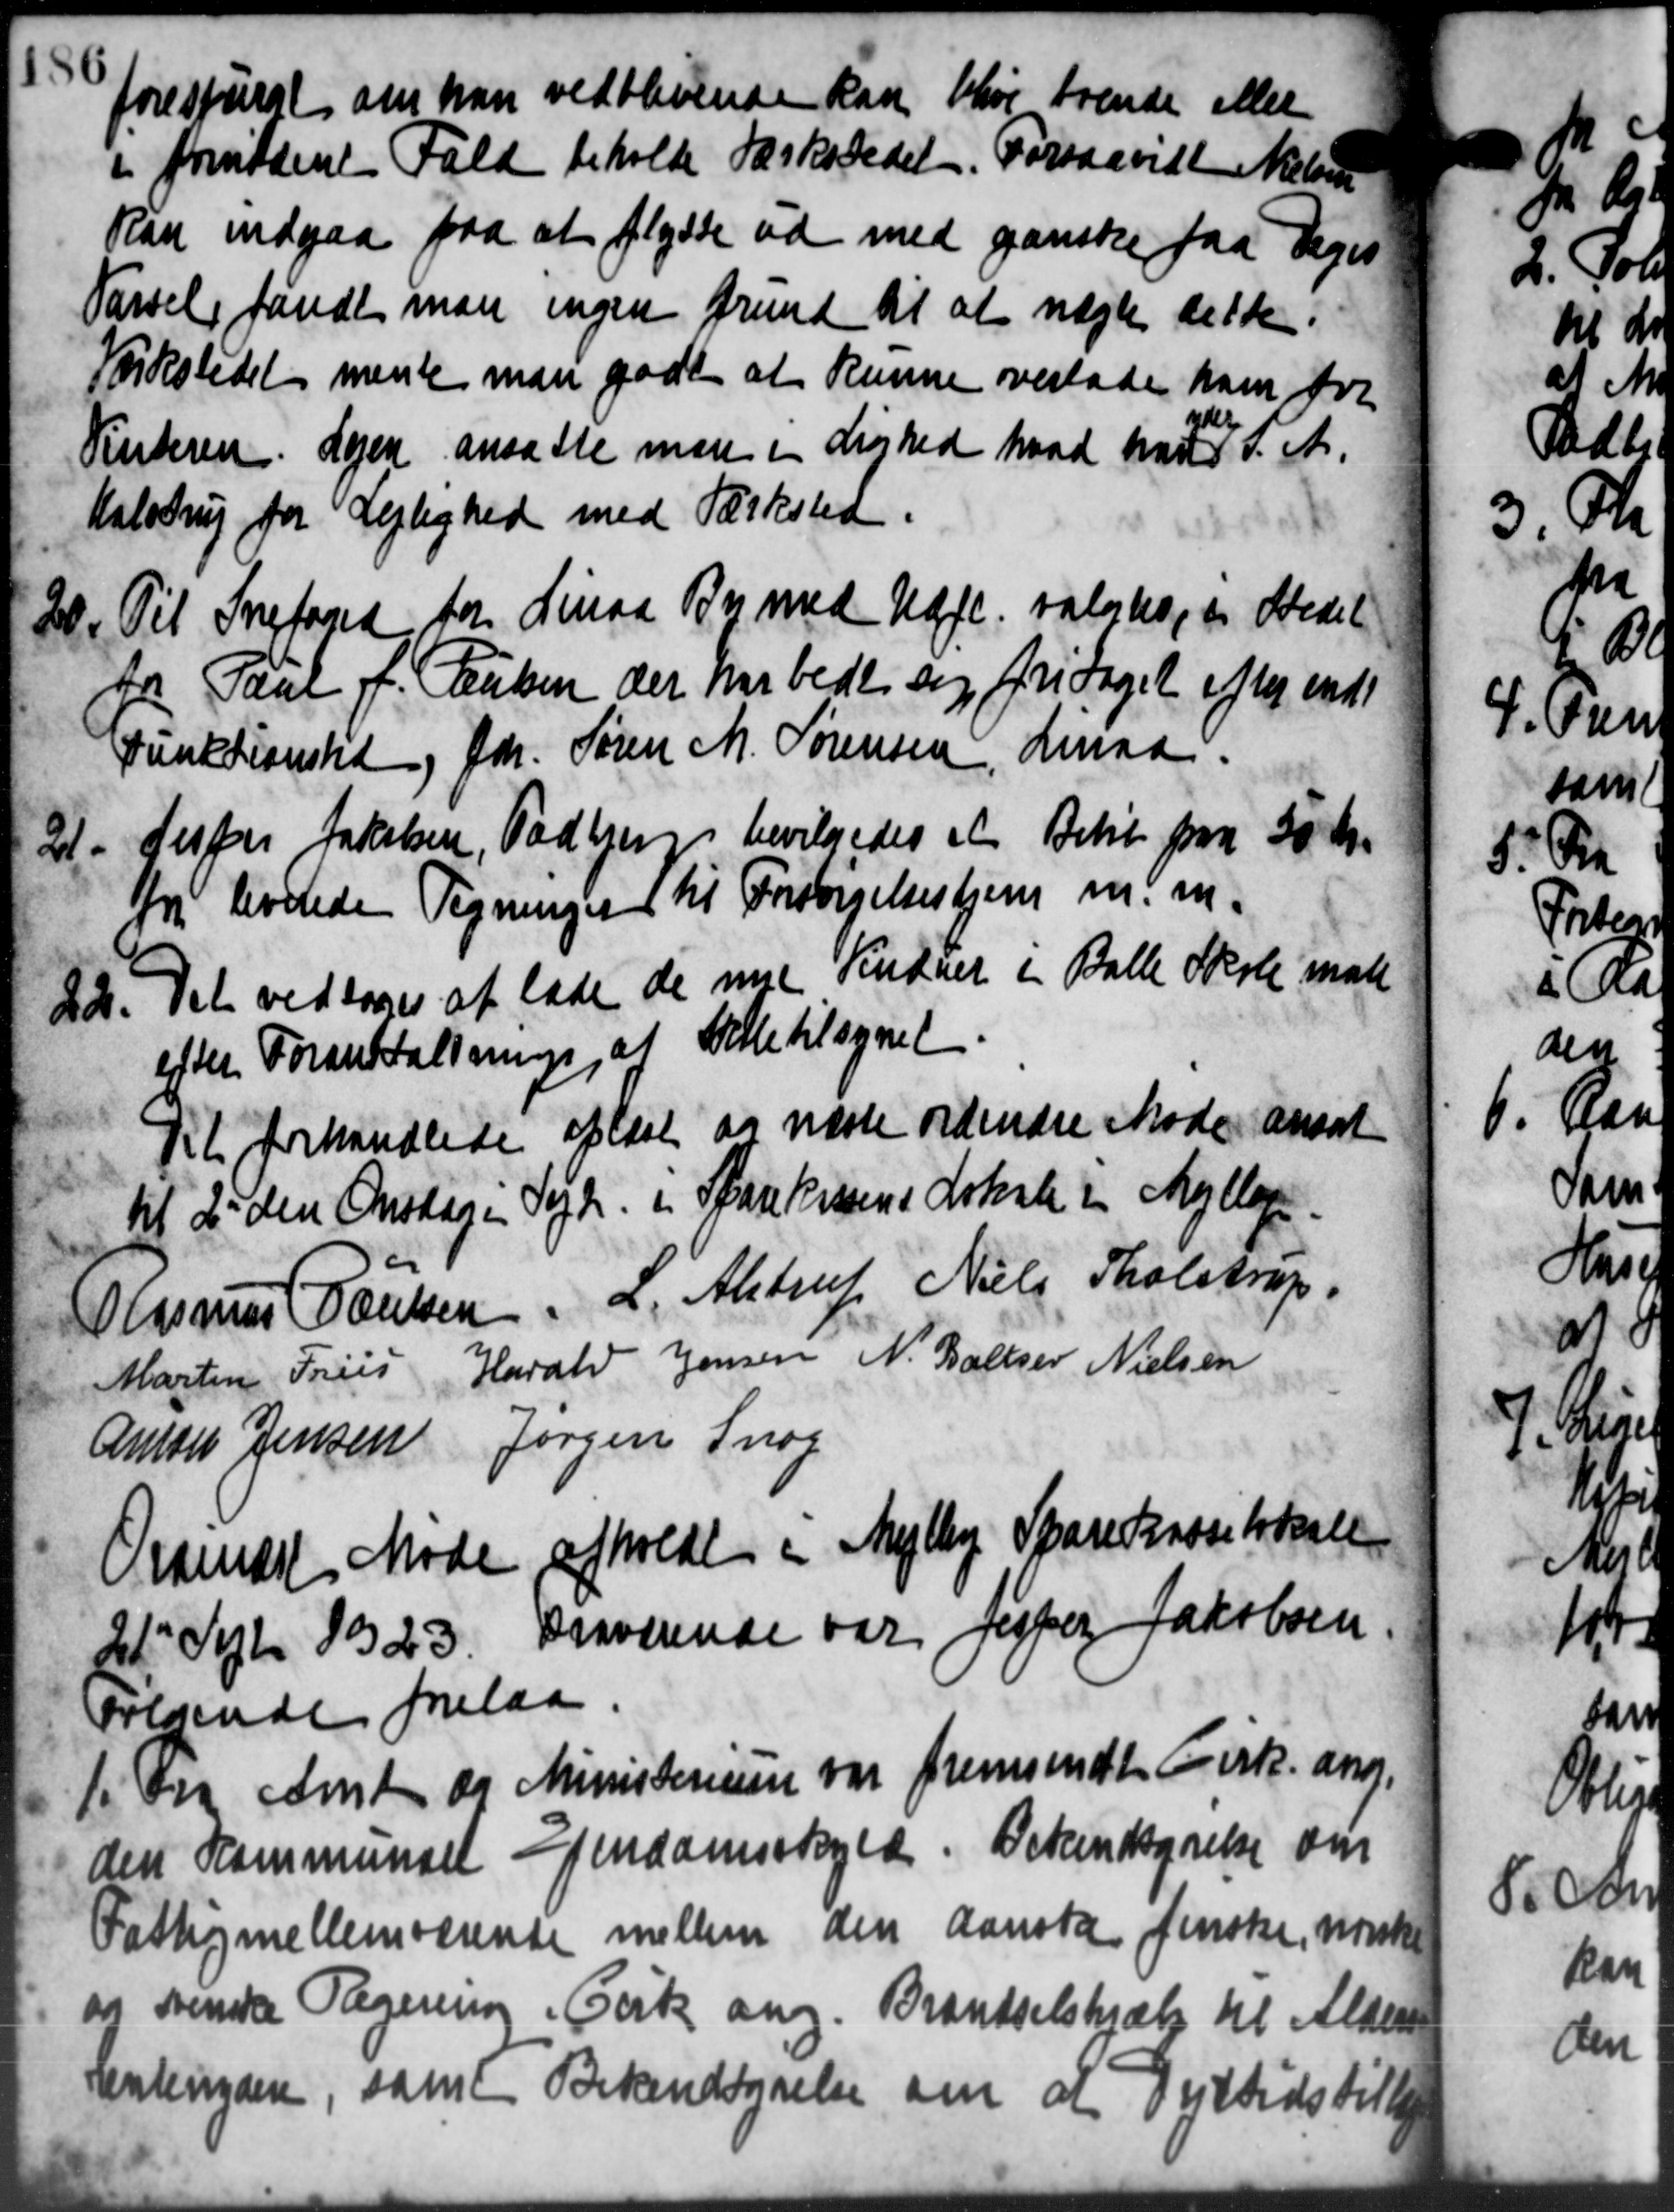
Transskription:
forespurgt om han vedblivende kan blive trende eller
i fornødent Fald beholde Værkstedet. Forsaavidt Nielsen
kan indgaa paa at flytte ud med ganske faa Vejes
Førsel fandt man ingen Grund til at nægte dette.
Værkstedet mente man godt at kunne verlade ham for
Vinteren. Lejen ansatte man i Lighed hvad han 1 d. A.
Halstrup for Lejlighed med Tærksted.
20. Til Snefoged for Linaa By med Udfl. valgtes, og Stedet
20. Til Snefoged for Linaa By med Udfl. valgtes, og Stedet
fr Paul f. Paulsen der har bede sig fritaget efter endt
Funktionstid, Gdr. Søren M. Sørensen, Linaa
21. Jesper Jakobsen, Todbjerg bevilgedes et Beløb paa 50 Kr.
21. Jesper Jakobsen, Todbjerg bevilgedes et Beløb paa 50 Kr.
Dr leverede Tegninger til Forsørgelsesbjerg m. m.
20. Det vedtoges at lade de nu sendret i Balle Skole mate
20. Det vedtoges at lade de nu sendret i Balle Skole mate
efter Foranstaltning, at tille tilsynet
Til forhandlede oplæst og næste ordinære Møde ansat
til 2 den Onsdage Sogn. i Sparekassens Lokale i Mølle
Rasmus Poulsen d. Alstrup Niels Tholstrup
Harald Jensen N. Baller Nielsen
Martin Friis
Anton Jensen Jørgen Snog
Ordinært Møde afholdt i Mejlby Sparekasselokale
21' Sept 1923. Fraværende var Jesper Jakobsen
følgende forelaa
1 orø Amt og Ministerien var fremsendt Cirk. ang.
1 orø Amt og Ministerien var fremsendt Cirk. ang.
den Kommunall Ejendomsskyld. Bekendtgørelse om
Fattigmellemværende mellem den danske finske, norske
og svenske Regering i Cirk ang. Brændselshjælp til Alders
Lentenyden, som Bekendtgørelse om at Dyrtidstill